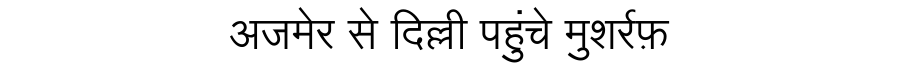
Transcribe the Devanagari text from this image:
अजमेर से दिल्ली पहुंचे मुशर्रफ़